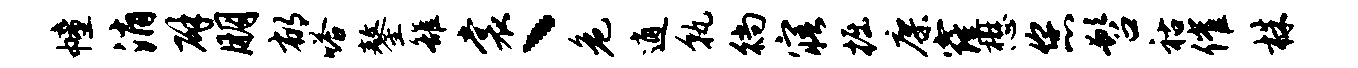
幢消辟朋郁嗒鏊雒裳丶危逍孰徜寤掘廖窿懋您髫祜催株